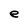
Character: e